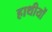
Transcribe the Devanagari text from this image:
हाथीयों